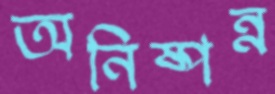
অনিষ্পন্ন